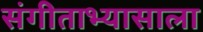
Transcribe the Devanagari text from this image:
संगीताभ्यासाला